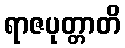
ရာဇပုတ္တာတိ